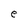
Character: e